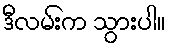
ဒီလမ်းက သွားပါ။